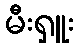
မီးရှူး